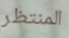
المنتظر